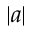
| a |